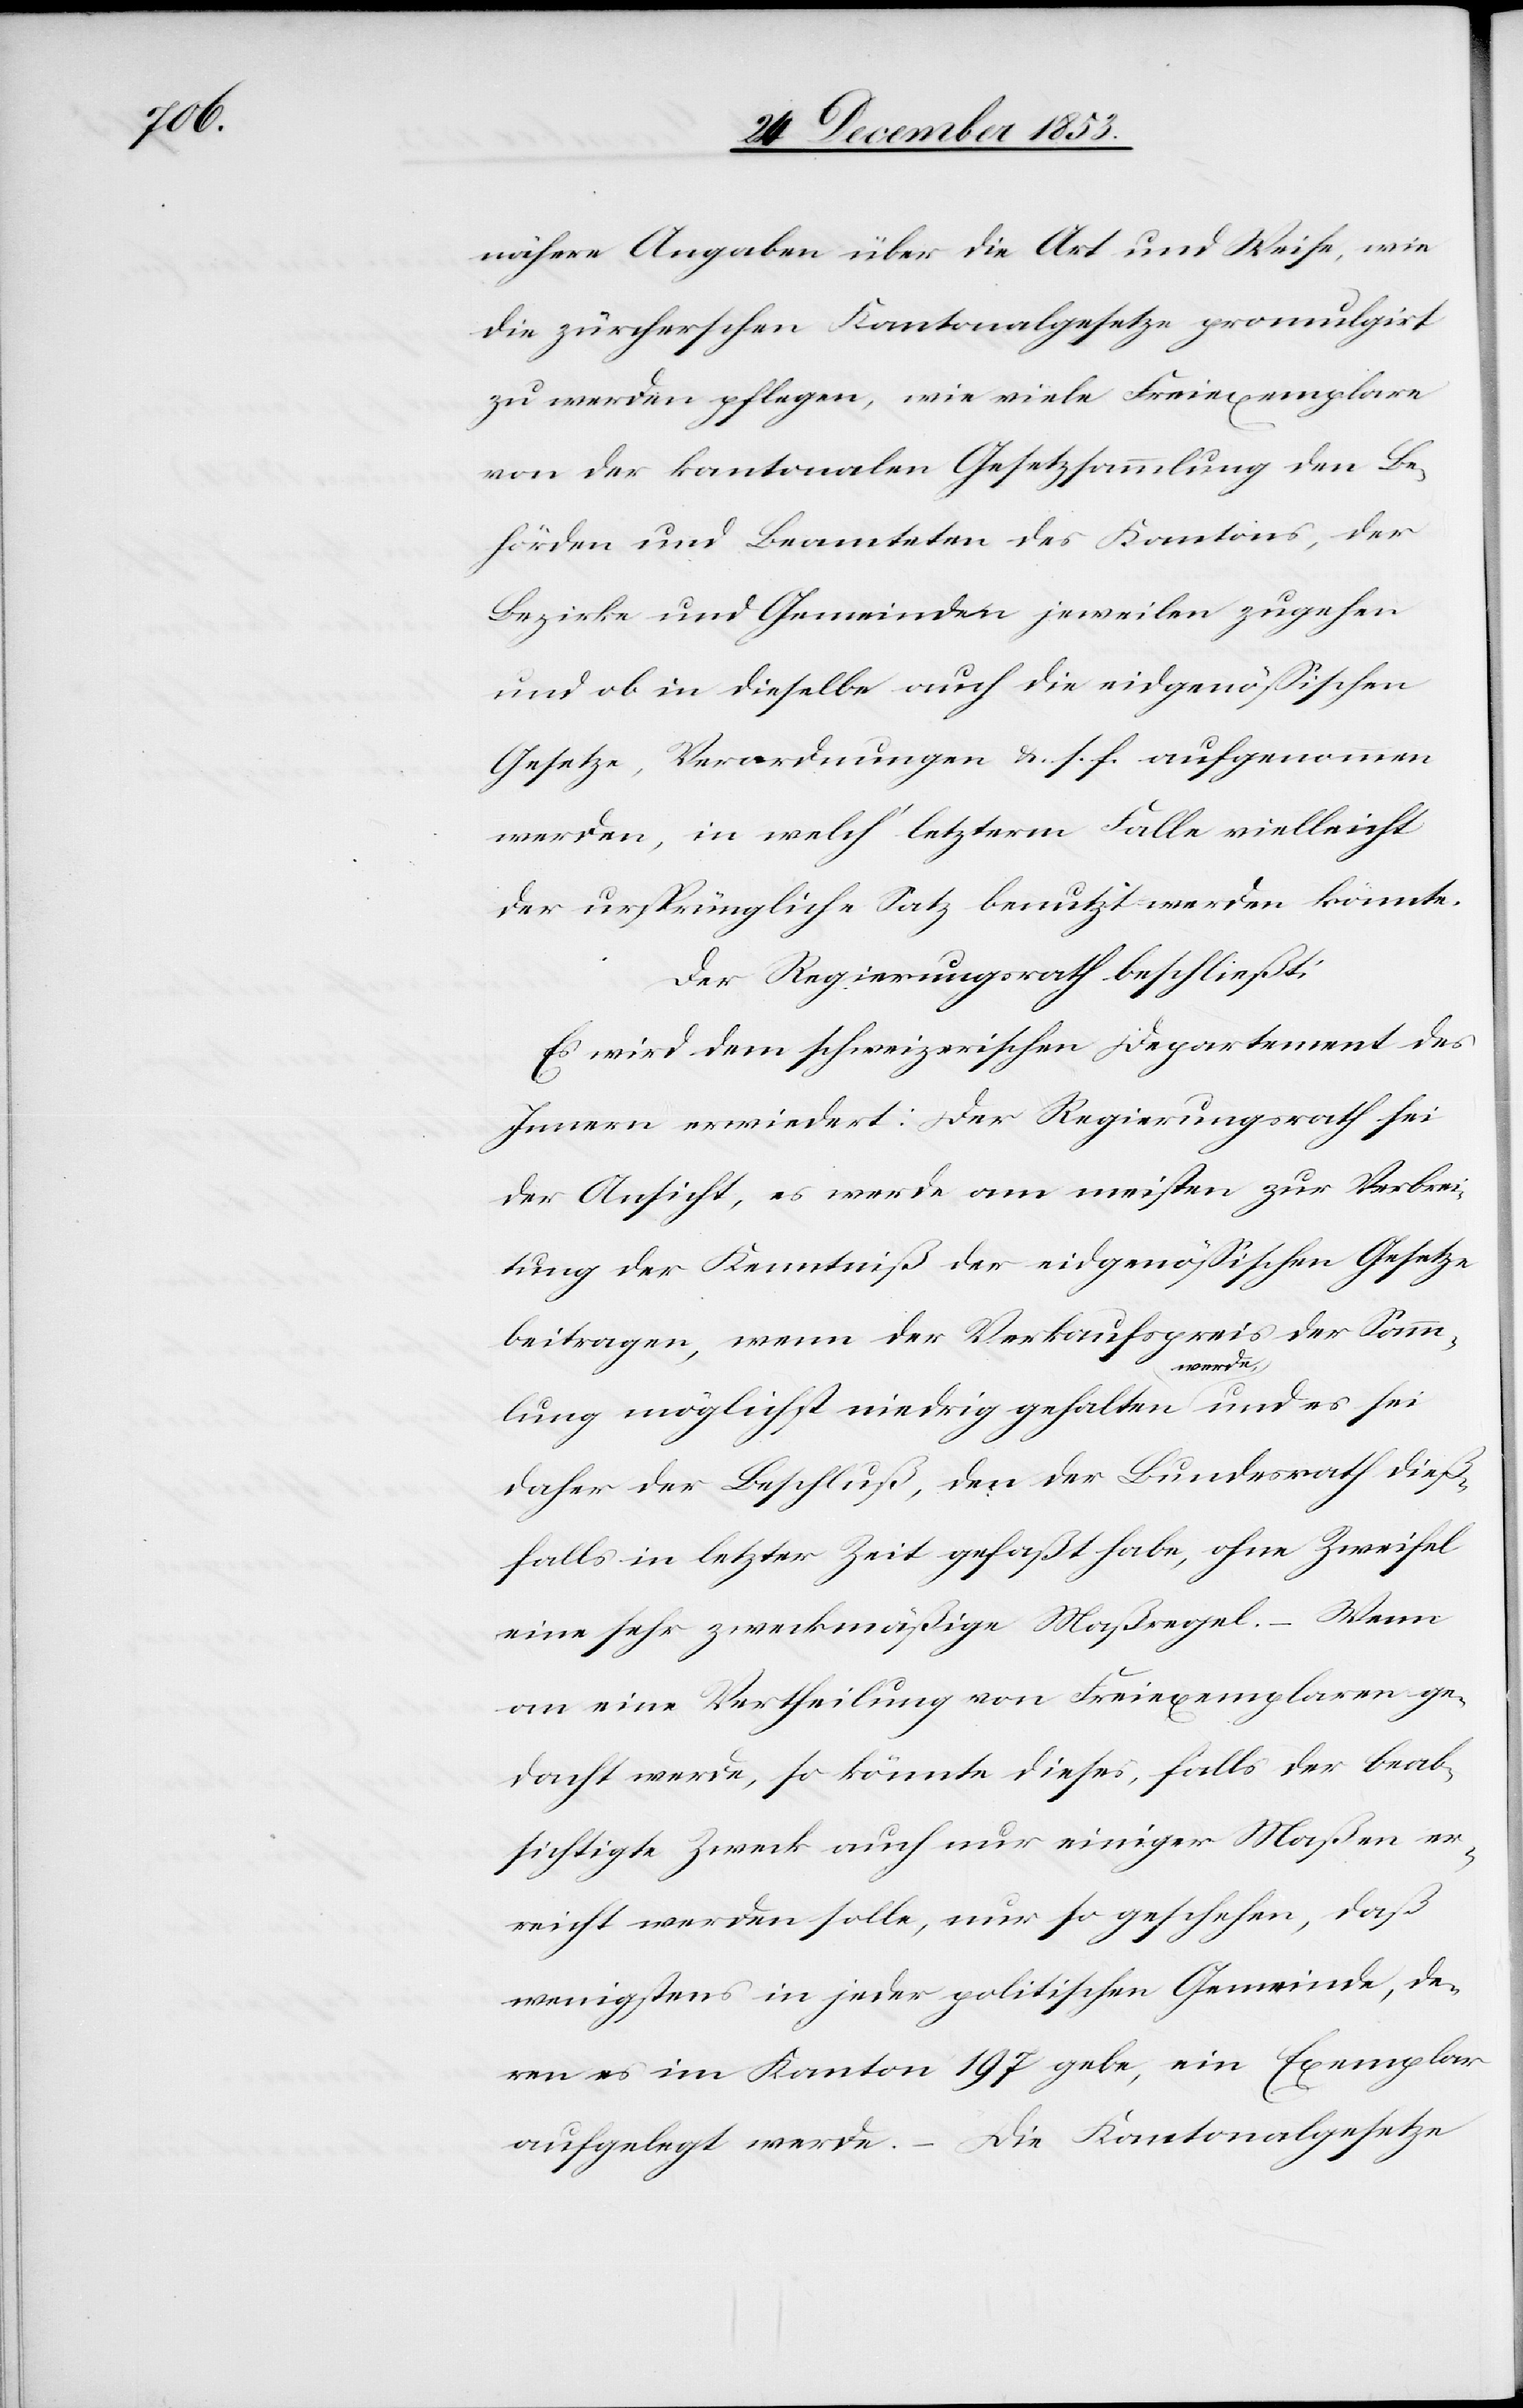
nähere Angaben über die Art und Weise, wie
die zürcherschen Kantonalgesetze promulgirt
zu werden pflegen, wie viele Freiexemplare
von der kantonalen Gesetzsammlung den Be¬
und ob in dieselbe auch die eidgenößischen
Gesetze, Verordnungen u. s. f. aufgenommen
werden, in welch’ letzterm Falle vielleicht
der ursprüngliche Satz benutzt werden könnte.
Der Regierungsrath beschließt:
Es wird dem schweizerischen Departement des
Innern erwiedert: Der Regierungsrath sei
der Ansicht, es werde am meisten zur Verbrei¬
tung der Kenntniß der eidgenößischen Gesetze
beitragen, wenn der Verkaufspreis der Samm¬
hörden
lung möglichst niedrig gehalten werde und sei
daher der Beschluß, den der Bundesrath dieß¬
falls in letzter Zeit gefaßt habe, ohne Zweifel
eine sehr zweckmäßige Maßregel. – Wenn
an eine Vertheilung von Freiexemplaren ge¬
dacht werde, so könnte dieses, falls der beab¬
sichtigte Zweck auch nur einiger Maßen er¬
reicht werden solle, nur so geschehen, daß
wenigstens in jeder politischen Gemeinde, de¬
ren es im Kanton 197 gebe, ein Exemplar
aufgelegt werde. – Die Kantonalgesetze